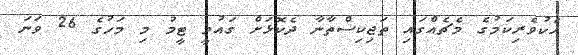
އެކުވެރިކަމުގެ މެޗެއްގައި ތަޖިކިސްތާނާ ދެކޮޅަށް ގައުމީ ޓީމު މި މަހުގެ 26 ވަަނަ